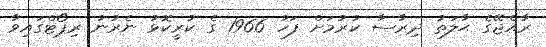
ރާއްޖޭގެ ޙާލަތު ދިރާސާ ކުރުމަށް ފަހު 1966 ގެ ކުރީކޮޅު ނެރުނު ރިޕޯޓްގައިވާ